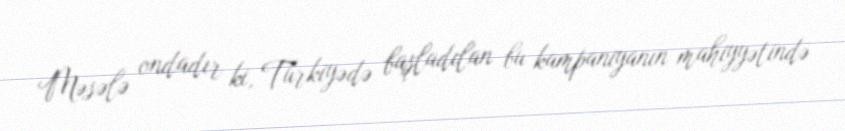
Məsələ ondadır ki, Türkiyədə başladılan bu kampaniyanın mahiyyətində